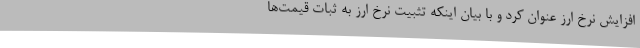
افزایش نرخ ارز عنوان کرد و با بیان اینکه تثبیت نرخ ارز به ثبات قیمت‌ها